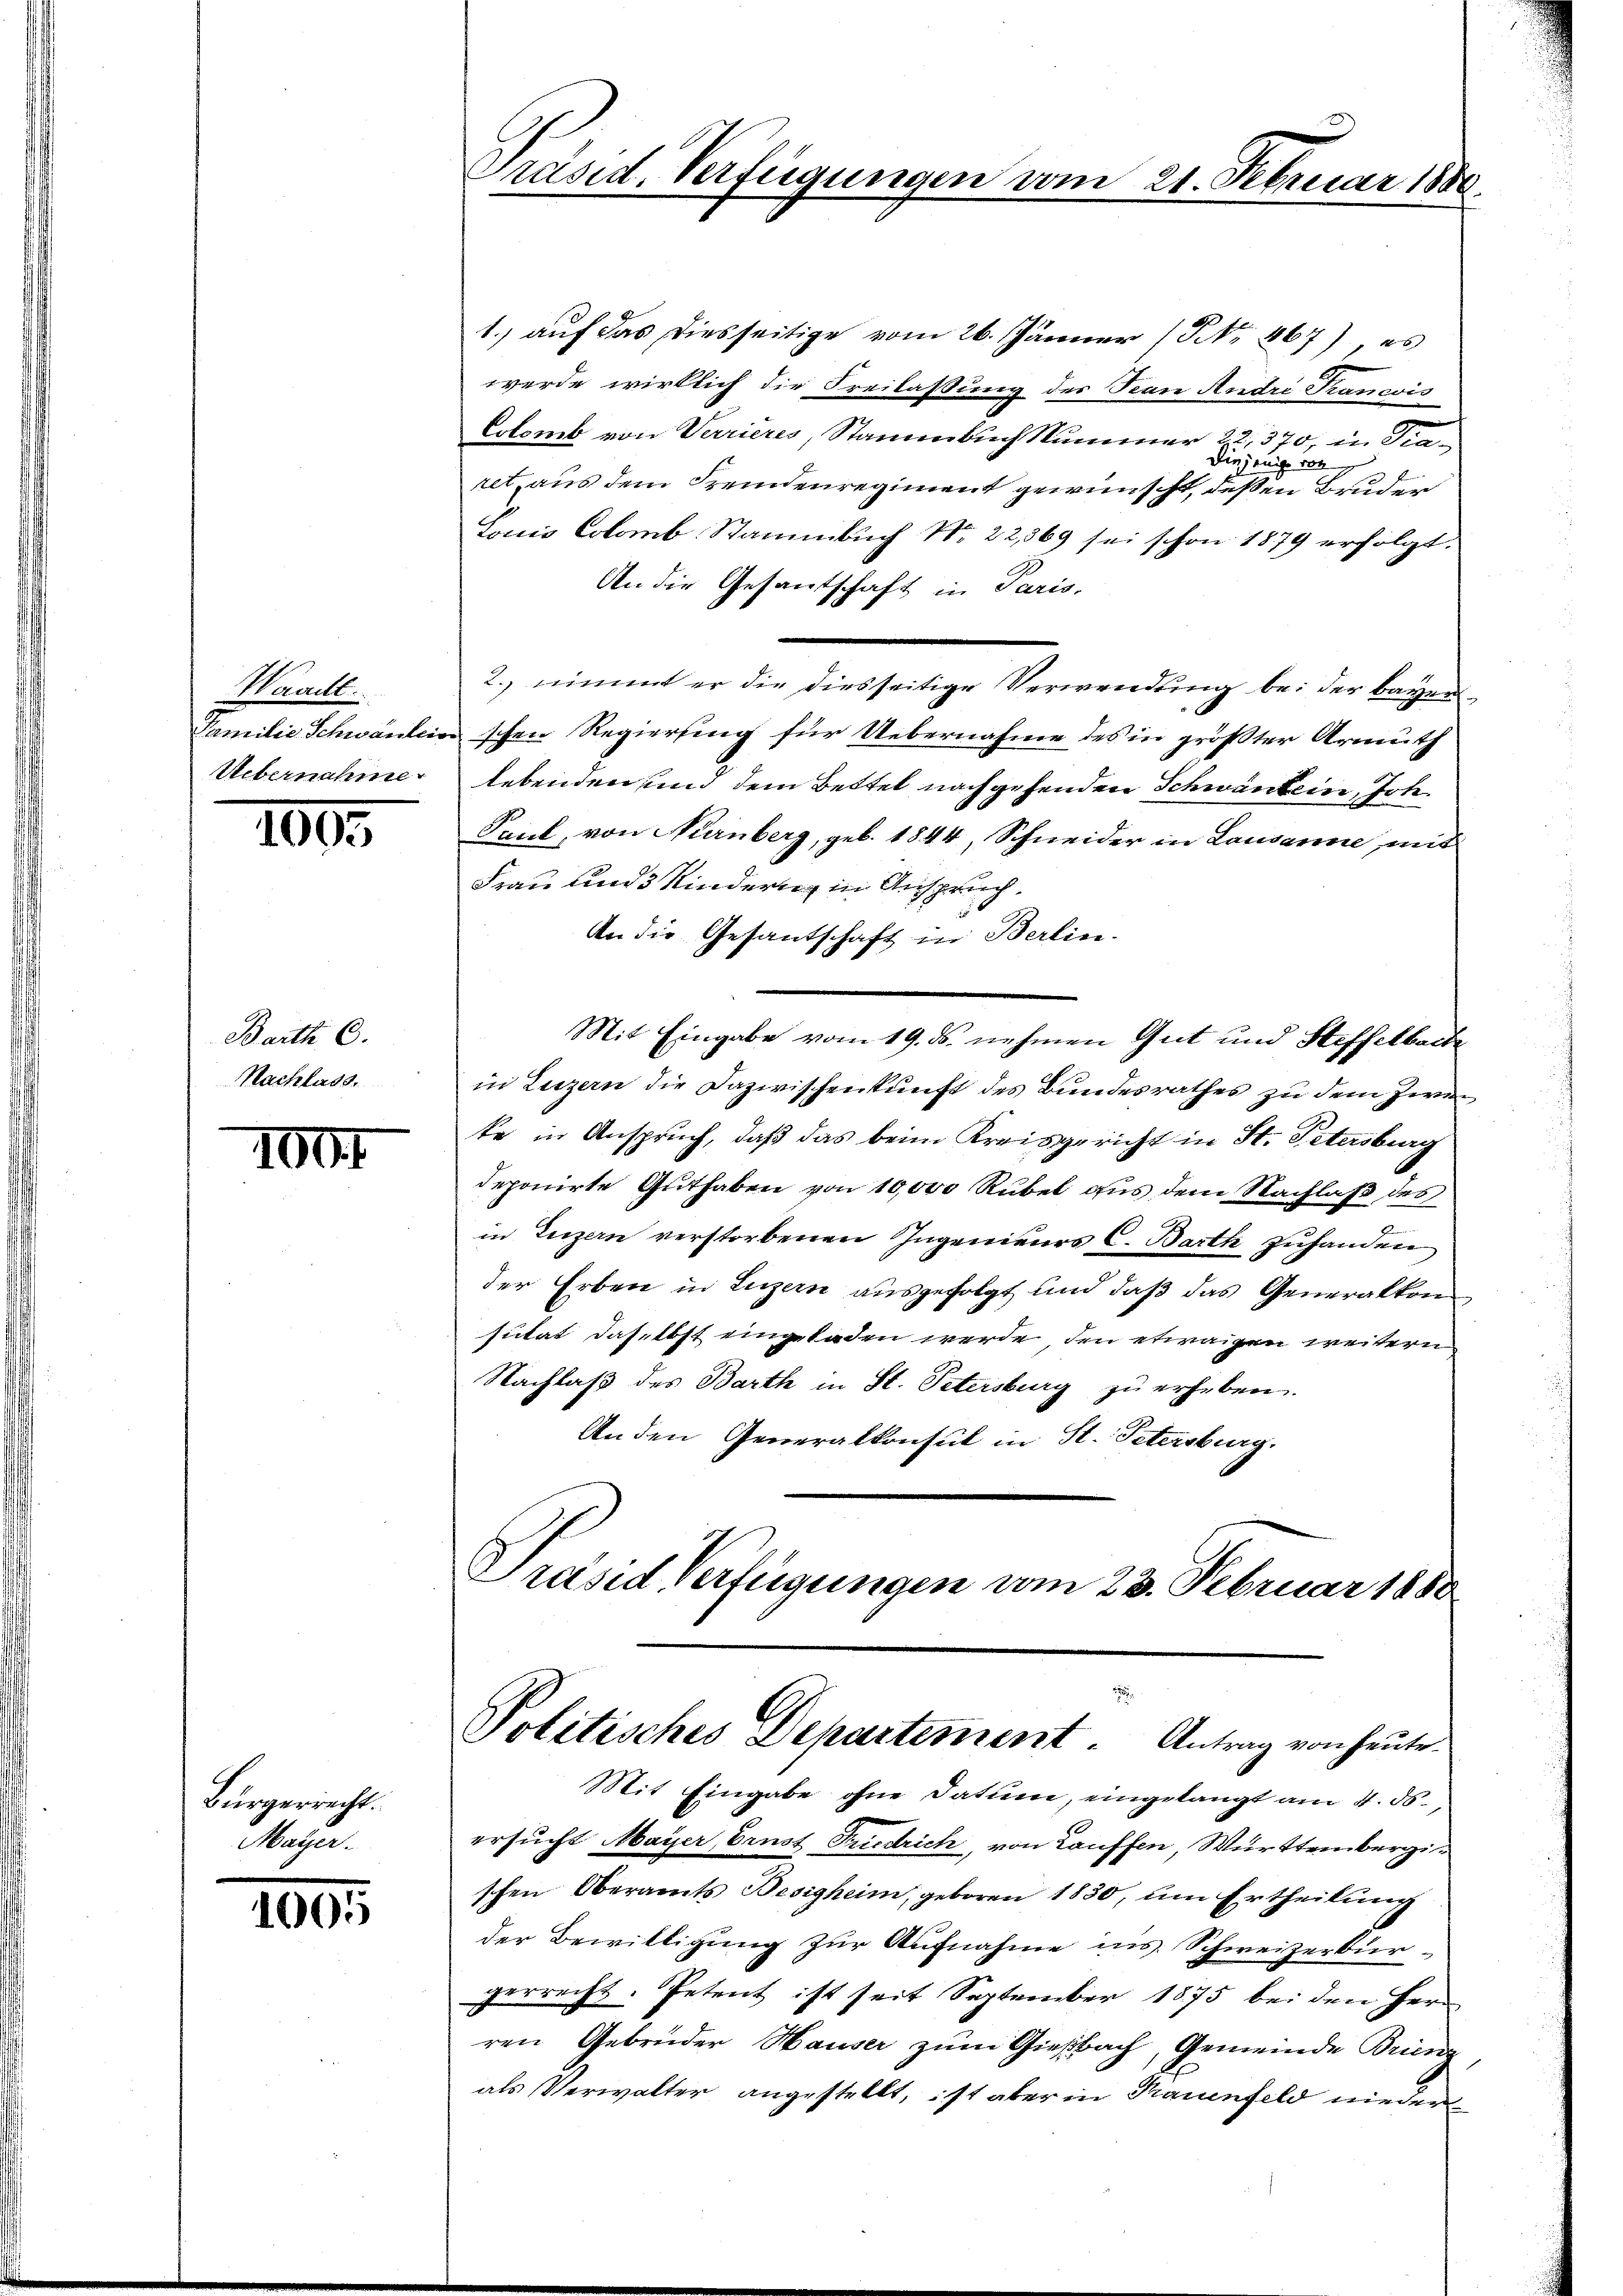
Waadt.

1000

Barth C.
Nachlass.

100

Bürgerrecht.
Mayer.

100

Präsid. Verfügungen vom 21. Februar 1880

1.) auf das diesseitige vom 26. Jänner (NNo. 867), es
werde wirklich die Freilassung des Kan Andri Trancois
Colomb von Verrieres, Stammbuch Nummer 22, 370, in Tra¬
Diejenig von
ret, aus dem Fremdenregiment gewünscht, deßen Bruder
Louis Colomb Stammbuch No. 22,869 sei schon 1879 erfolgt.
An die Gesantschaft in Paris,
2. nimmt er die diesseitige Verwendung bei der Bauen¬
Familie Schwandein schen Regierung für Uebernahme des in größter Armuth
Uebernahme lebenden und dem Bettel nachgehenden Schwantein, Joh.
Paul, von Nürnberg, geb. 1844, Schneider in Lausanne, mit
Frau und 3 Kindern in Anspruch.
An die Gesantschaft in Berlin.
Mit Eingabe vom 19. ds. nehmen Gut und Steffelbach
in Luzern die Dazwischenkunft des Bundesrathes zu dem Zwete in Anspruch, daß das beim Kreisgericht in St. Petersburg
deponirte Guthaben von 10,000 Rubel aus dem Nachlaß des
in Luzern verstorbenen Ingenieurs C. Barth zuhanden
der Erben in Luzern ausgefolgt und daß das Generalkon
sutat daselbst eingeladen werde, den etwaigen weitern
Nachlaß des Barth in St. Petersburg zu erheben.
An den Generalkonsul in St. Petersburg.
Präsid Verfügungen vom 23. Februar 1880

.
Politisches Departement. Antrag von heute.

Mit Eingabe ohne Datum, eingelangt am 4. 56.
ersucht Maÿer, Ernst Friedrich, von Lauffen, Württembergi
schen Oberamts Besigheim, geboren 1830, um Ertheilung
der Bewilligung zur Aufnahme ins Schweizerbürgerrecht. Petent ist seit September 1875 bei den Herr
ren Gebrüder Hauser zum Gießbach, Gemeinde Brienz,
als Verwalter angestellt, ist aber in Trauenfeld nieder